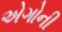
એગોની